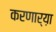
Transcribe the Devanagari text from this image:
करणार्‍य़ा